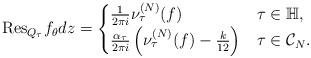
LaTeX: \begin{align*} \mathrm{Res}_{Q_{\tau}}f_{\theta}dz=\begin{cases}\frac{1}{2\pi i}\nu_{\tau}^{(N)}(f)& \tau \in \mathbb{H},\\ \frac{\alpha_\tau}{2\pi i} \left(\nu_{\tau}^{(N)}(f)-\frac{k}{12}\right) & \tau \in \mathcal{C}_N.\end{cases}\end{align*}